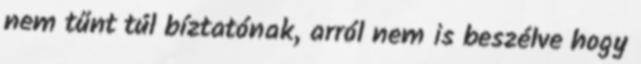
nem tűnt túl bíztatónak, arról nem is beszélve hogy